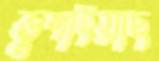
ভুগাইয়াছ